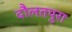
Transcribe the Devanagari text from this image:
दौलतपुरा